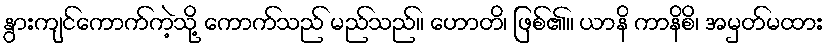
နွားကျင်ကောက်ကဲ့သို့ ကောက်သည် မည်သည်။ ဟောတိ၊ ဖြစ်၏။ ယာနိ ကာနိစိ၊ အမှတ်မထား